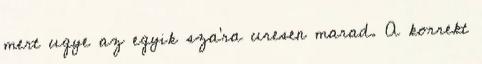
mert ugye az egyik sza'ra uresen marad. A korrekt